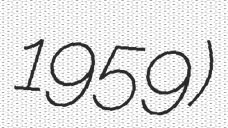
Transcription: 1959)